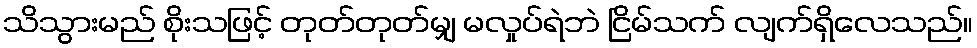
သိသွားမည် စိုးသဖြင့် တုတ်တုတ်မျှ မလှုပ်ရဲဘဲ ငြိမ်သက် လျက်ရှိလေသည်။